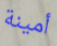
أمينة